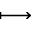
\longmapsto